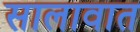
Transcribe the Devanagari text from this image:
सालावात